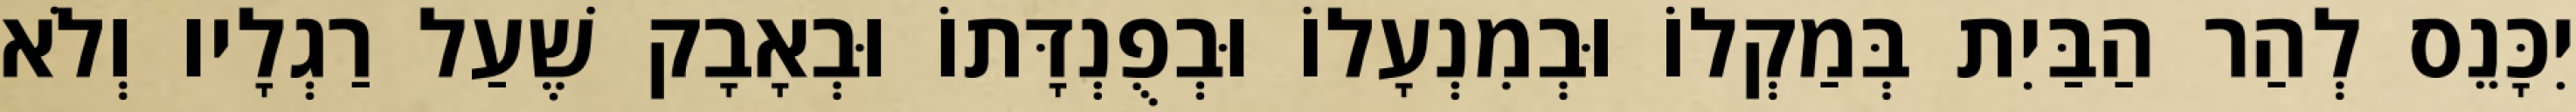
יִכָּנֵס לְהַר הַבַּיִת בְּמַקְלוֹ וּבְמִנְעָלוֹ וּבְפֻנְדָּתוֹ וּבְאָבָק שֶׁעַל רַגְלָיו וְלֹא